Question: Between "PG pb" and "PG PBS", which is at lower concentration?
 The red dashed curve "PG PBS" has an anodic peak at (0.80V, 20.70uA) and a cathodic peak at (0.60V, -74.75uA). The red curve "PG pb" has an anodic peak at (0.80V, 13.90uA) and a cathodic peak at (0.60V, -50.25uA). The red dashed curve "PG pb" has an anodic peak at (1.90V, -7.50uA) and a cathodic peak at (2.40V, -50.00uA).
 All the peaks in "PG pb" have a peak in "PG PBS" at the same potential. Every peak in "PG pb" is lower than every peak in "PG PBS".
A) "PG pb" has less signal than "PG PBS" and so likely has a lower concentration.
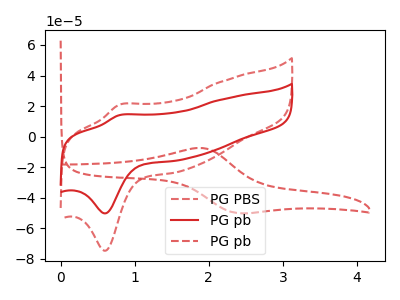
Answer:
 <answer>A) "PG pb" has less signal than "PG PBS" and so likely has a lower concentration.</answer>
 <eval>A</eval>